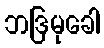
ဘဒြမုခေါ